Indian journal of veterinary science and animal husbandry - Volume 5,
Year: 1935
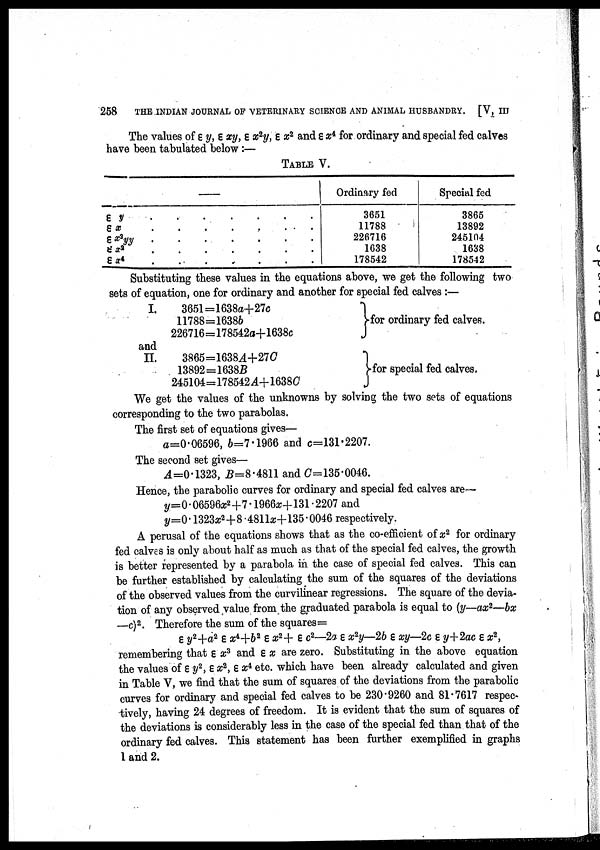
258
THE INDIAN JOURNAL OF VETERINARY SCIENCE AND ANIMAL HUSBANDRY. [V, III
The values of ε y, ε xy, ε x 2 y, ε x 2 and ε x 4 for ordinary and special fed calves
have been tabulated below :—
TABLE V.
—
ε y . . . . . . .
ε x . . . . . . .
εx 2 yy . . . . . . .
ε x 2 . . . . . . .
εx 4 . . . . . . .
Ordinary fed
3651
11788
226716
1638
178542
Special fed
3865
13892
245104
1638
178542
Substituting these values in the equations above, we get the following two
sets of equation, one for ordinary and another for special fed calves :—
I.
and
II.
3651=1638a+27c
11788=16386
226716=178542a+1638c
3865=16384+27C
13892=1638B
245104=178542A+1638C
for ordinary fed calves.
for special fed calves.
We get the values of the unknowns by solving the two sets of equations
corresponding to the two parabolas.
The first set of equations gives—
a=0-06596, b=7.1966 and c=131.2207.
The second set gives—
A=0.1323, B=8.4811 and C=135.0046.
Hence, the parabolic curves for ordinary and special fed calves are—
y=0.06596x 2 +7.1966x+131.2207 and
y=0.1323x 2 +8.4811x+135.0046 respectively.
A perusal of the equations shows that as the co-efficient of x 2 for ordinary
fed calves is only about half as much as that of the special fed calves, the growth
is better represented by a parabola in the case of special fed calves. This can
be further established by calculating the sum of the squares of the deviations
of the observed values from the curvilinear regressions. The square of the devia
tion of any observed value from the graduated parabola is equal to (y—ax 2 —bx
—c) 2 . Therefore the sum of the squares=
ε y 2 +a 2 ε x 4 +b 2 ε x 2 + ε c 2 —2a ε x 2 y—2b ε xy—2c ε y+2ac ε x 2 ,
remembering that ε x 3 and ε x are zero. Substituting in the above equation
the values of ε y 2 , ε x 2 , ε x 4 etc. which have been already calculated and given
in Table V, we find that the sum of squares of the deviations from the parabolic
curves for ordinary and special fed calves to be 230.9260 and 81.7617 respec
tively, having 24 degrees of freedom. It is evident that the sum of squares of
the deviations is considerably less in the case of the special fed than that of the
ordinary fed calves. This statement has been further exemplified in graphs
1 and 2.